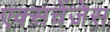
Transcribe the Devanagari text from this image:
एक्सचेंजेस